Heimtali_vallavalitsus, lk 6
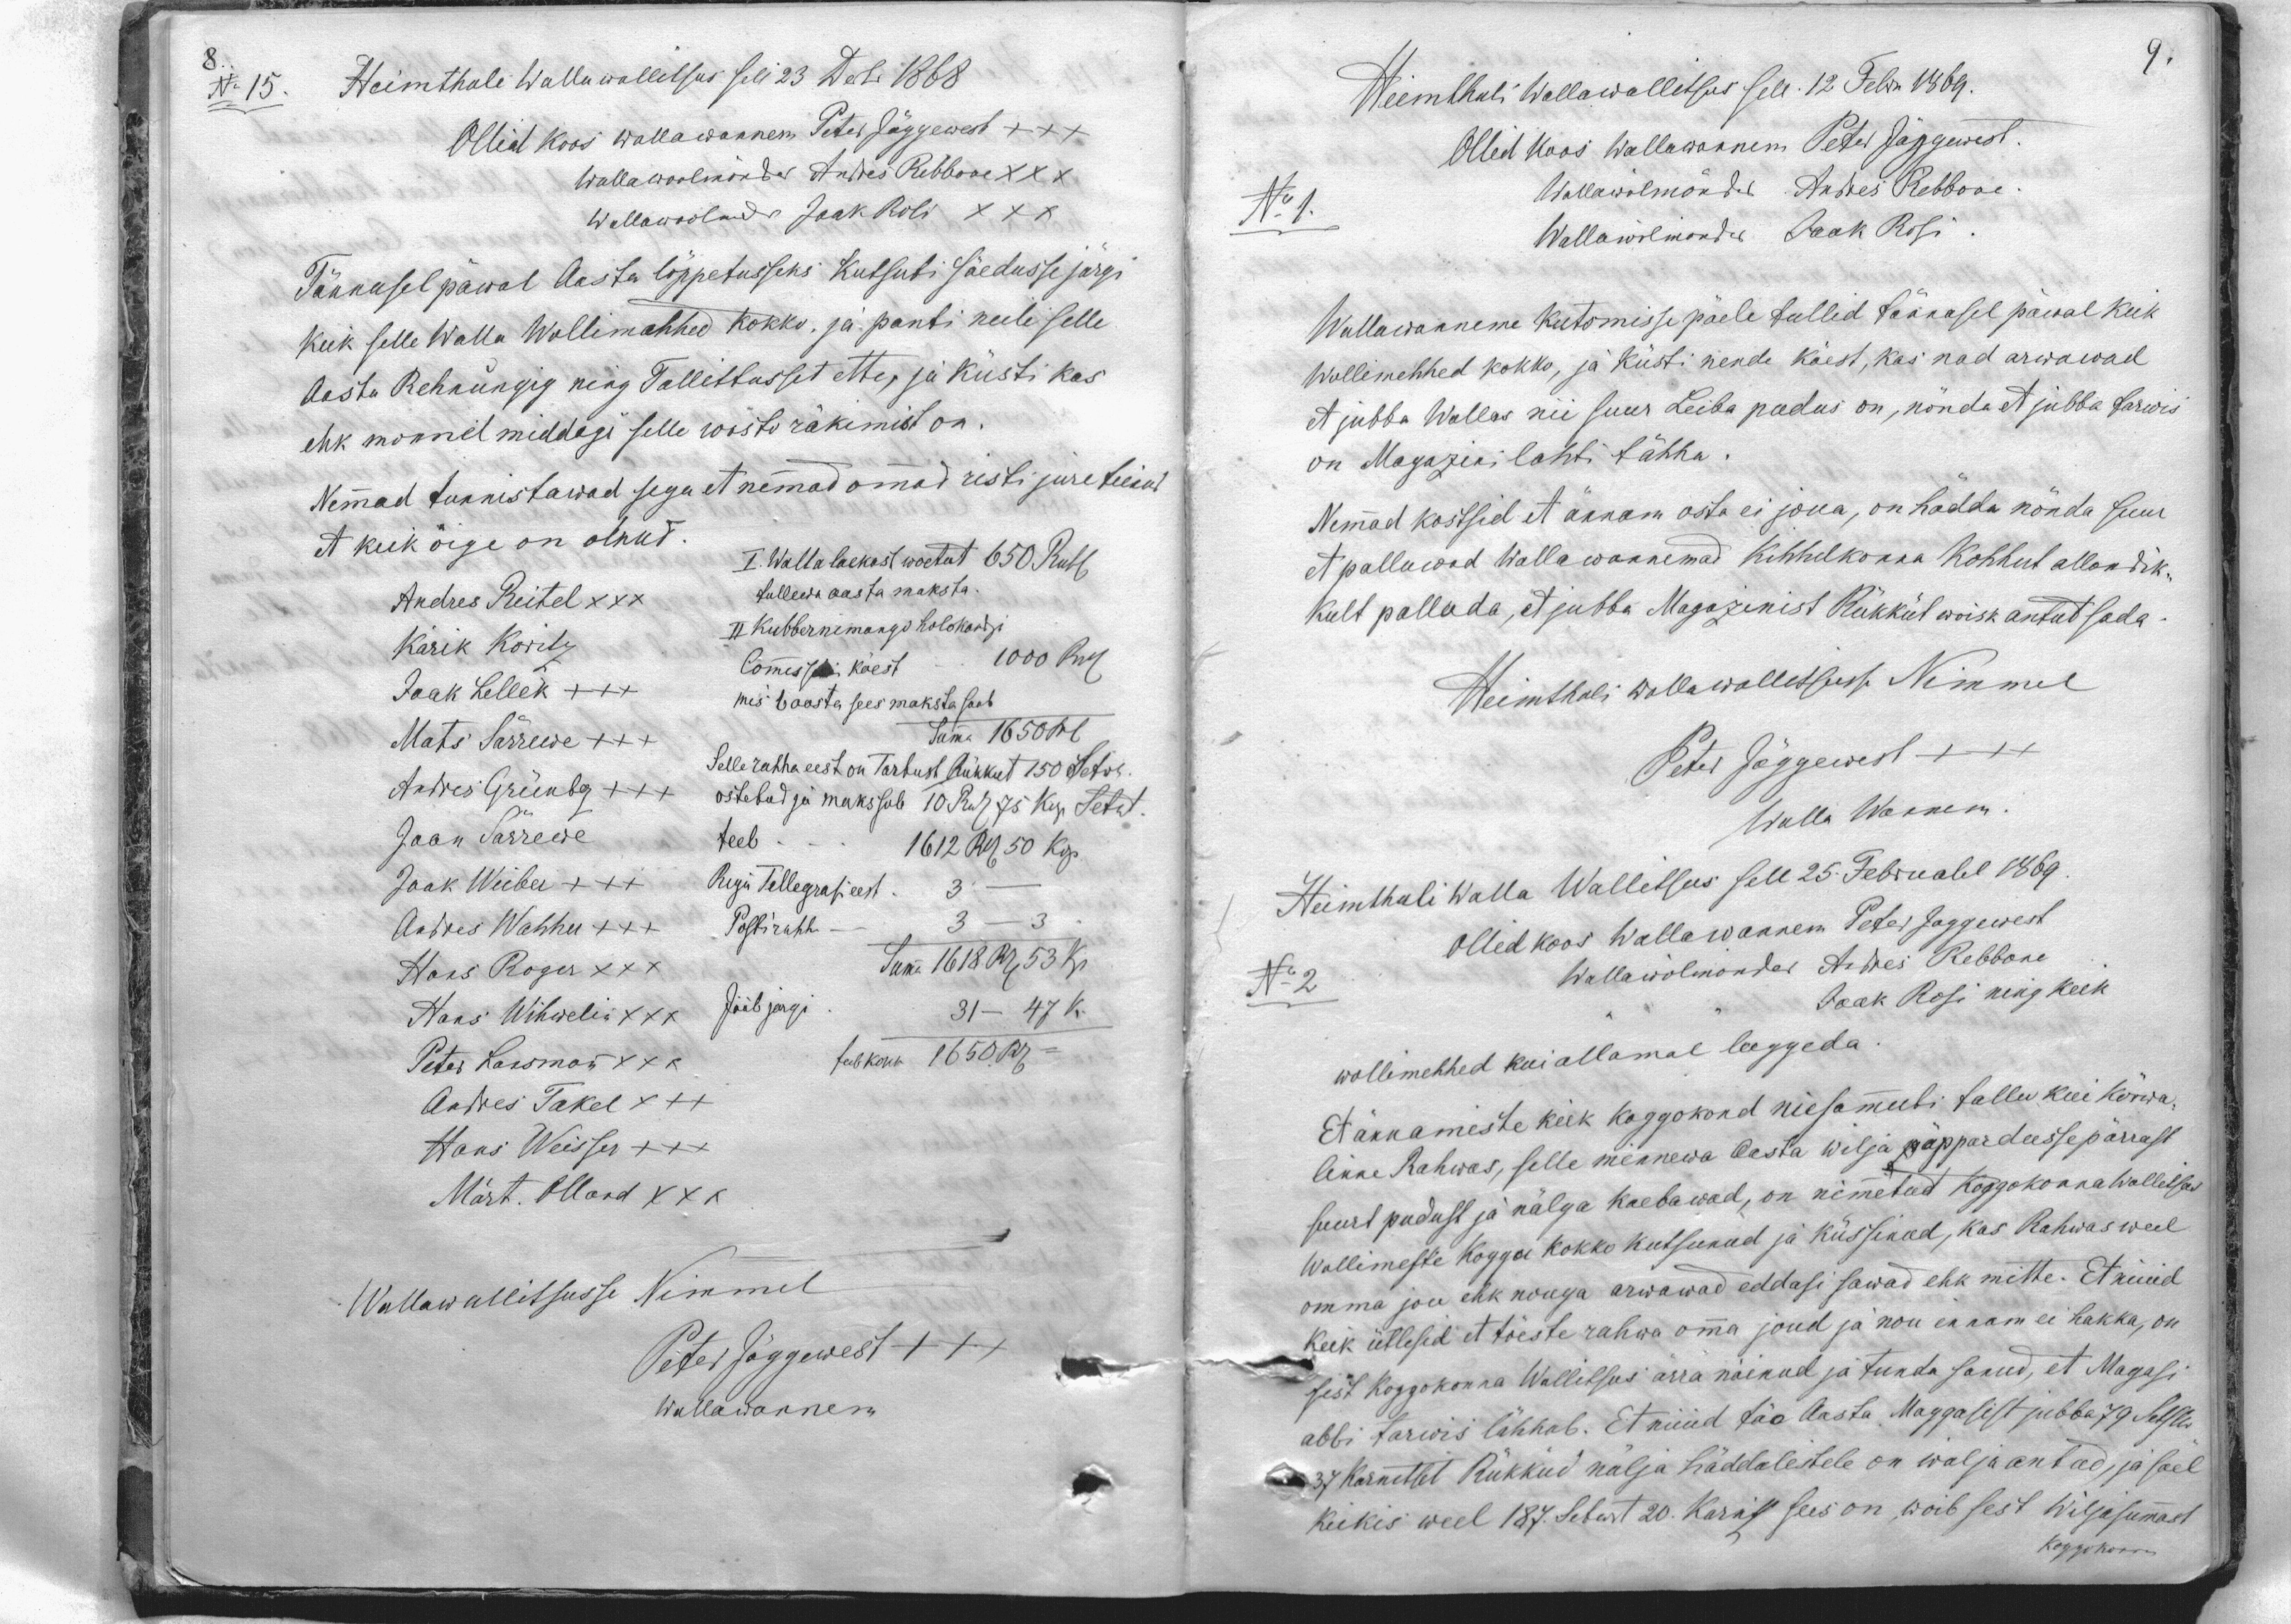
No 15 Heimthali Wallawallitsus sell 23 Dets 1868
Ollid koos wallawannen Peter Jõggewest +++
Wallawoolmönder Andres Rebbane XXX
Wallawoolmdr: Jaak Roli XXX
Tännasel päwal Aasta lõppetusseks kutsuti säedusse järgi
keik selle Walla Wollimehhed kokko, ja panti neile selle
Aasta Rehnungig ning Tallittusset ette, ja küsti kas
ehk monnel middagi selle wastu räkimist on.
Nemad tunnistawad segu et nemmad ommad risti jure teised
et keik õige on olnud
I. Walla laekast wõetut 650 Rubl
Andres Reitel XXX
tullewa aasta maksta.
Kärik Koritz
II Kubbernemango holokordgi
Commissi käest 1000 Rbl
Jaak Lellek XXX
mis 6 aasta sees maksta saab
Mats Särrewe XXX
Sama 1650rb
Selle rahha eest on Tartust Rükkut 150 Setw.
Andres Grünberg XXX
ostetud ja makssab 10 Rub 75 kop. Setw.
Jaan Särrewe
teeb. 1612 Rbl 50 kop.
Jaak Weiber XXX
Regi Tellegrafi eest 3
Andres Wahhu +++
Postirahha 3-3
Hans Roger XXX
Sum. 1618 Rub 53 kp.
Hans Wihwelin xxx
Jääb järgi 31-47 k.
Peter Laksman XXX
teeb kokku 1650.Rub
Andres Takel XXX
Hans Weisser XXX
Märt. Olland XXX
Wallawallitsusse Nimmel
Peter Jõggewest +++
Wallawannem

Heimthali Wallawallitsus selle 12 Febr. 1869.
Ollid koos Wallawannem Peter Jõggewest
No 1.
Wallawölmönder Andres Rebbane
Wallawölmönder Jaak Rosi
Wallawanneme kutsmisse päele tullid tännasel päeval keik
Wollimehhed kokko, ja Küsti nende käest, kas nad arwawad
et jubba Wallas nii suur Leiba pudus on, nõnda et jubba tarwis
on Magazini lahti tähha
Nemad kostsid et ännam osta ei jõua, on hädda nõnda suur
et palluwad Wallawanemad Kihhelkonna Kohhut allandik-
kult palluda, et jubba Magazinist Rükküt woisk antud sada.
Heimthali wallawallitsusse Nimmel
Peter Jõggewest XXX
Walla Wannem.
Heimthali Walla Wallitsus sell 25 Februalil 1869
Ollid koos Wallawanem Peter Joggewest
No.2
Wallawölmonder Andres Rebbane
Jaak Rosi ning keik
wollimehhed kui allamal luggeda
Et ainamiste keik koggokond niesamuti tallu kui körwa-
linne Rahwas, selle minnewa aasta wilja päppardusse pärrast
suurt pudust ja nälga kaebawad, on nimetud koggokonna wallitsus
Wollimeste kogga kokko kutsunud ja küssinud, kas Rahwas weel
omma jou ehk nouga arwawad eddasi sawad ehk mitte. Et nüüd
Keik ütlesid et tõeste rahwa oma jõud ja nou ennam ei hakka, on
sest koggokonna Wallitsus ärra näenud ja tunda sanud, et Magasi
abbi tarwis lähhab. Et nüüd säo Aasta Maggasist jubba 79 Setfert
37 Karnetsat Rükküd nälja häddalistele on wälja antud, ja sael
kükis weel 187. Setwt 20. Kariz sees on woib sest wiljasummast
Koggokonna